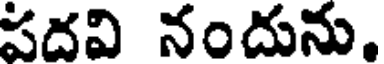
పదవి నందును.